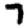
Digit: 7